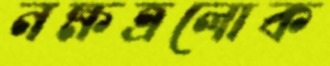
নক্ষত্রলোক